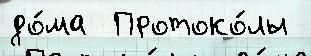
до́ма  Протоко́лы